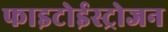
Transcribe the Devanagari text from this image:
फाइटोईस्ट्रोजन